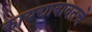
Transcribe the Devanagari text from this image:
कायद्याबाबतचे